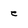
Character: e